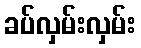
ခပ်လှမ်းလှမ်း